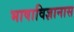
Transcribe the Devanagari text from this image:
भाषाविज्ञानास